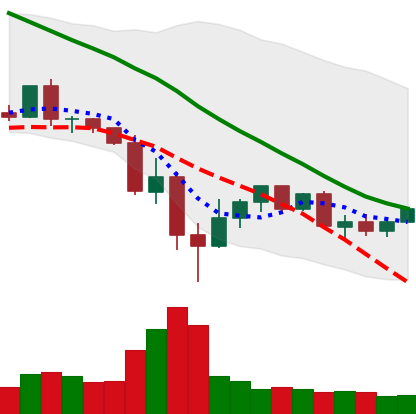
Ticker: XLM-USD
Chart end date: 2022-05-22
Forward return: -11.358%
Label: down_7plus